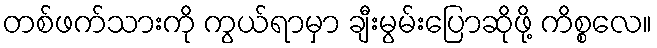
တစ်ဖက်သားကို ကွယ်ရာမှာ ချီးမွမ်းပြောဆိုဖို့ ကိစ္စလေ။